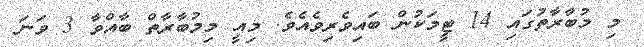
މި މުބާރާތުގައި 14 ޓީމަކުން ބައިވެރިވެއެވެ. މިއީ މިމުބާރާތް ބާއްވާ 3 ވަނަ